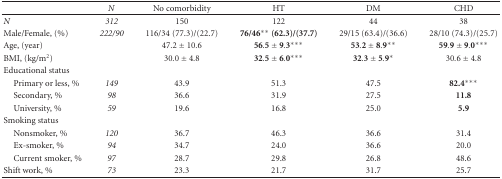
<table><thead><tr><td></td><td><b><i>N</i></b></td><td><b>No comorbidity</b></td><td><b>HT</b></td><td><b>DM</b></td><td><b>CHD</b></td></tr></thead><tbody><tr><td><i>N</i></td><td><i>312</i></td><td>150</td><td>122</td><td>44</td><td>38</td></tr><tr><td>Male/Female, (%)</td><td><i>222/90</i></td><td>116/34 (77.3)/(22.7)</td><td><b>76/46** (62.3)/(37.7)</b></td><td>29/15 (63.4)/(36.6)</td><td>28/10 (74.3)/(25.7)</td></tr><tr><td>Age, (year)</td><td></td><td>47.2 ± 10.6</td><td>56.5 ± 9.3<b>***</b></td><td>53.2 ± 8.9<b>**</b></td><td>59.9 ± 9.0<b>***</b></td></tr><tr><td>BMI, (kg/m<sup>2</sup>)</td><td></td><td>30.0 ± 4.8</td><td>32.5 ± 6.0<b>***</b></td><td>32.3 ± 5.9<b>*</b></td><td>30.6 ± 4.8</td></tr><tr><td>Educational status</td><td></td><td></td><td></td><td></td><td></td></tr><tr><td> Primary or less, %</td><td><i>149</i></td><td>43.9</td><td>51.3</td><td>47.5</td><td><b>82.4***</b></td></tr><tr><td> Secondary, %</td><td><i>98</i></td><td>36.6</td><td>31.9</td><td>27.5</td><td><b>11.8</b></td></tr><tr><td> University, %</td><td><i>59</i></td><td>19.6</td><td>16.8</td><td>25.0</td><td><b>5.9</b></td></tr><tr><td>Smoking status</td><td></td><td></td><td></td><td></td><td></td></tr><tr><td> Nonsmoker, %</td><td><i>120</i></td><td>36.7</td><td>46.3</td><td>36.6</td><td>31.4</td></tr><tr><td> Ex-smoker, %</td><td><i>94</i></td><td>34.7</td><td>24.0</td><td>36.6</td><td>20.0</td></tr><tr><td> Current smoker, %</td><td><i>97</i></td><td>28.7</td><td>29.8</td><td>26.8</td><td>48.6</td></tr><tr><td>Shift work, %</td><td><i>73</i></td><td>23.3</td><td>21.7</td><td>31.7</td><td>25.7</td></tr></tbody></table>